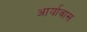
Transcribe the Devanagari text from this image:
आर्यावास